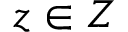
z \in Z